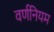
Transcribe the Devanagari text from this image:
वर्णनियम